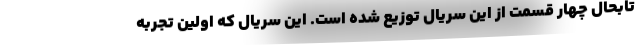
تابحال چهار قسمت از این سریال توزیع شده است. این سریال که اولین تجربه